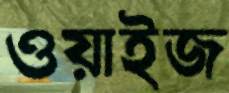
ওয়াইজ